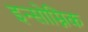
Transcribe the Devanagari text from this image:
इन्सोम्निक